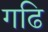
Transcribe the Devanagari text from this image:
गढि